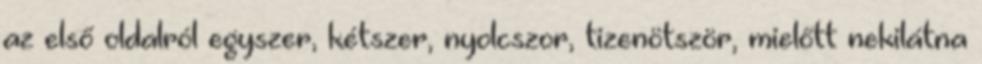
az első oldalról egyszer, kétszer, nyolcszor, tizenötször, mielőtt nekilátna